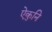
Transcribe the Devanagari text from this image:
ऐकुनि